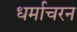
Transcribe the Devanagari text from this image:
धर्माचरन